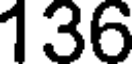
136